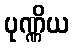
ပုဏ္ဏိယ